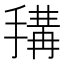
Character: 𢲱